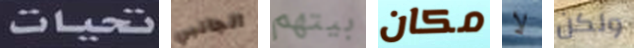
تحيات الجانبي بيتهم مكان لا ولكن